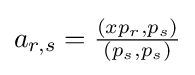
{\textstyle a_{r,s}={\frac {\left(xp_{r},p_{s}\right)}{\left(p_{s},p_{s}\right)}}}